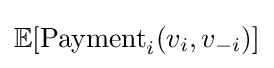
\mathbb {E} [{\text{Payment}}_{i}(v_{i},v_{-i})]